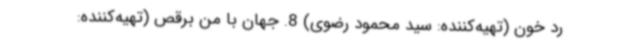
رد خون (تهیه‌کننده: سید محمود رضوی) 8. جهان با من برقص (تهیه‌کننده: